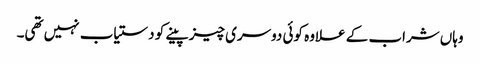
وہاں شراب کے علاوہ کوئی دوسری چیز پینے کو دستیاب نہیں تھی۔